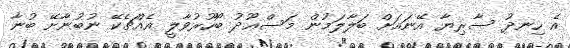
އެ ހިނދު ސާރިޔާ އޭނައަށް ބަލާލަމުން މަސްޢޫދު ބޯހޫރުވާލީ އެއްޗެކޭ ނުބުނާށޭ ބުނާ